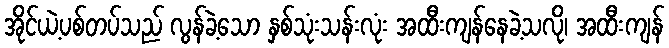
အိုင်ယဲ့ပစ်တပ်သည် လွန်ခဲ့သော နှစ်သုံးသန်းလုံး အထီးကျန်နေခဲ့သလို၊ အထီးကျန်